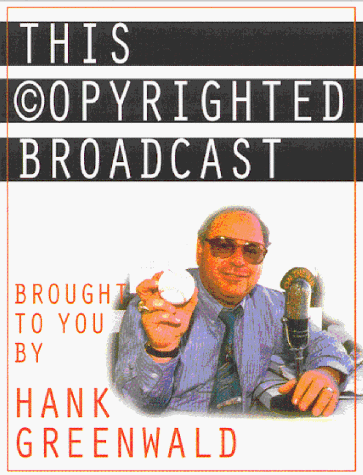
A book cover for This Copyrighted Broadcast; Greenwald; Sports & Outdoors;